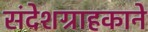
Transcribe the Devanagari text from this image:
संदेशग्राहकाने